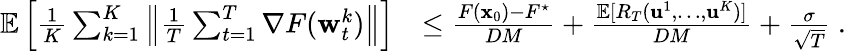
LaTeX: \begin{array}{rl}{\mathop{\mathbb{E}}\left[\frac{1}{K}\sum_{k=1}^{K}\left\| \frac{1}{T}\sum_{t=1}^{T}\nabla F({\mathbf w}_{t}^{k})\right\| \right]}&{\le\frac{F({\mathbf x}_{0})-F^{\star}}{DM}+\frac{\mathop{\mathbb{E}}[R_{T}(\mathbf{u}^{1},\dots,\mathbf{u}^{K})]}{DM}+\frac{\sigma}{\sqrt{T}}~.}\end{array}